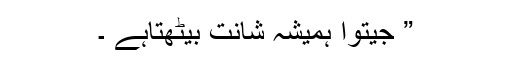
” جیتوا ہمیشہ شانت بیٹھتاہے ۔